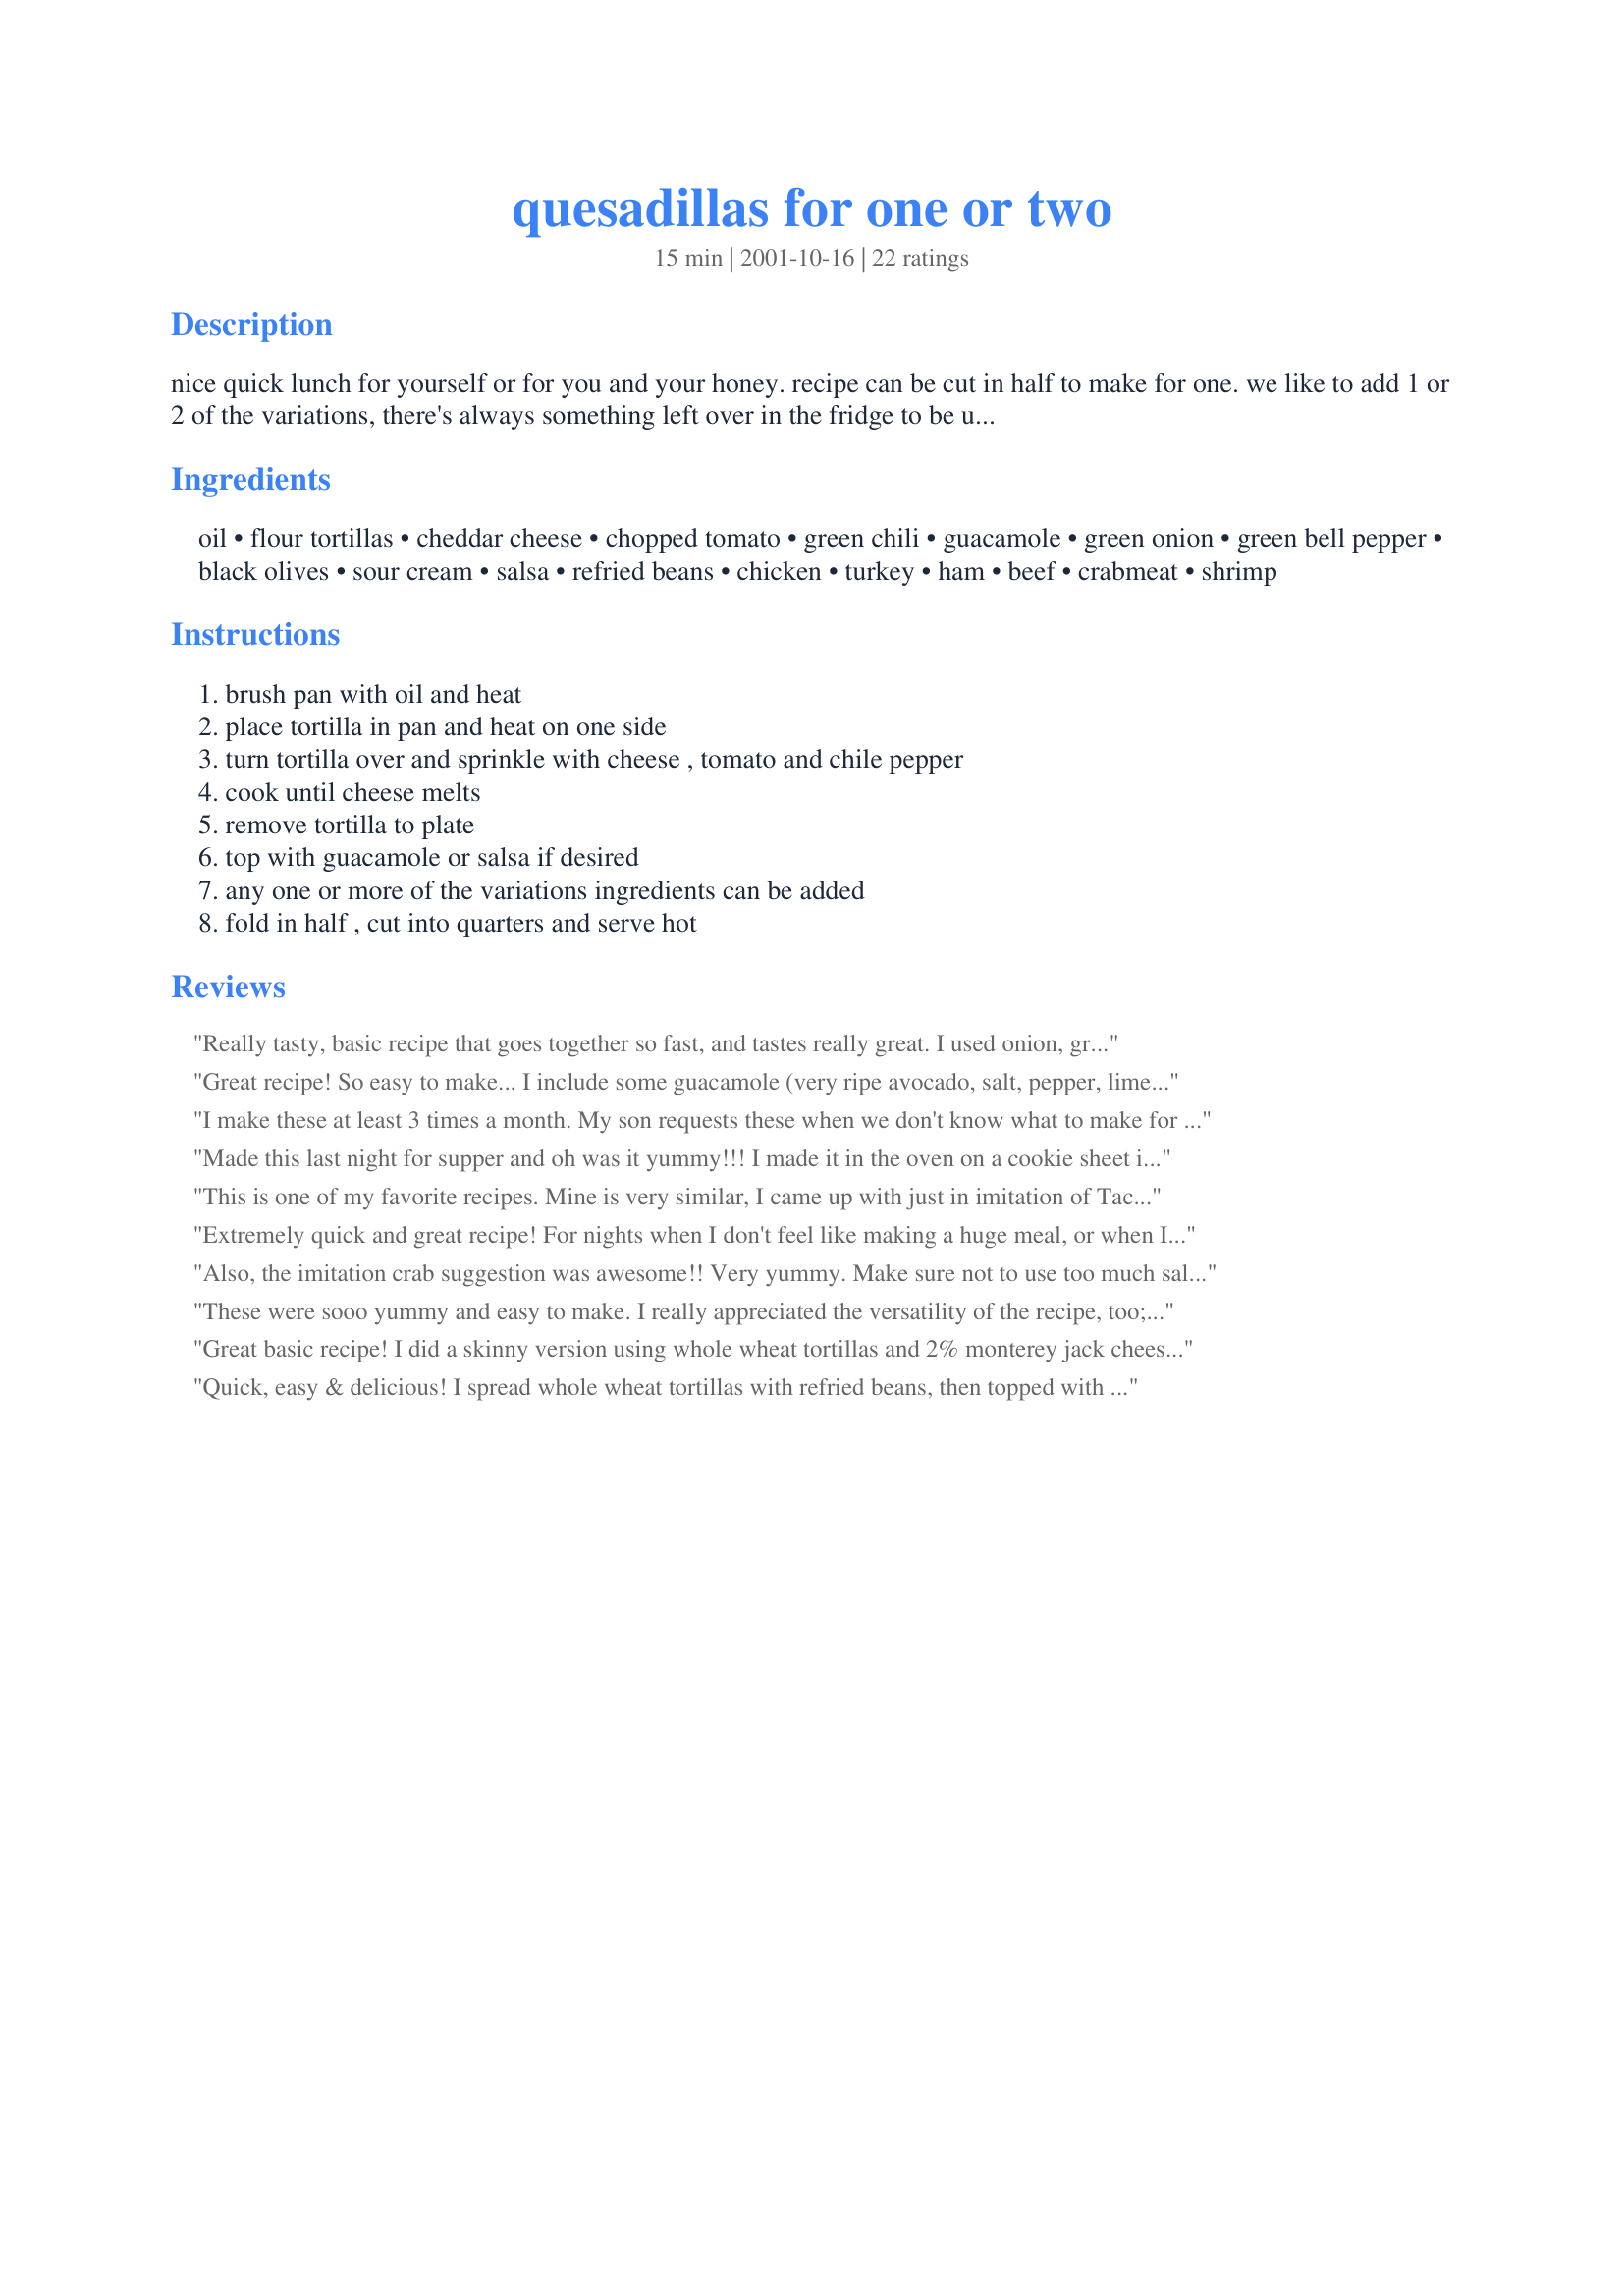
quesadillas for one or two
Preparation time: 15 minutes

nice quick lunch for yourself or for you and your honey. recipe can be cut in half to make for one. we like to add 1 or 2 of the variations, there's always something left over in the fridge to be used up, use your imagination. (the oil can be replaced with veggie cooking spray, it works just as well) our standard is deli chicken slices, a mix of cheddar and parmesan, green pepper sticks, and chopped green onions and fresh cilantro, served with hot salsa. yummy!!!

Ingredients:
oil, flour tortillas, cheddar cheese, chopped tomato, green chili, guacamole, green onion, green bell pepper, black olives, sour cream, salsa, refried beans, chicken, turkey, ham, beef, crabmeat, shrimp

Steps:
brush pan with oil and heat, place tortilla in pan and heat on one side, turn tortilla over and sprinkle with cheese , tomato and chile pepper, cook until cheese melts, remove tortilla to plate, top with guacamole or salsa if desired, any one or more of the variations ingredients can be added, fold in half , cut into quarters and serve hot

Reviews:
Really tasty, basic recipe that goes together so fast, and tastes really great. I used onion, green pepper, cilantro, and shredded chicken. Definatley will be making this one again!
Great recipe! So easy to make... I include some guacamole (very ripe avocado, salt, pepper, lime juice, cilantro, onions, tomatoes), sour cream, cheese, and salsa... so delicious!
I make these at least 3 times a month. My son requests these when we don't know what to make for dinner. The combinations for toppings are endless!
Made this last night for supper and oh was it yummy!!! I made it in the oven on a cookie sheet instead and it turned out great!!
This is one of my favorite recipes. Mine is very similar, I came up with just in imitation of Taco Bell. I buy the frozen pre-cut package of Green & red peppers and onions. This saves a lot of time! We cant eat these without sour cream either!
Extremely quick and great recipe! For nights when I don't feel like making a huge meal, or when I'm short on time this would be a great one to use! I didn't add the chili's, but added chicken and refried beans. My husband, pickiest eater of them all, actually liked them. Thank you for the recipe!
Also, the imitation crab suggestion was awesome!! Very yummy. Make sure not to use too much salsa, though.
These were sooo yummy and easy to make. I really appreciated the versatility of the recipe, too; both vegetarians and meat lovers were easily pleased with basically the same meal. (My daughter loved her quesadillas with the refried beans; my husband raved about his with the added roasted chicken.) Next time, I'll try this with cooking spray and with low-fat cheese and sour cream in an effort to cut the amount of fat down. This recipe is definitely one I'll be making often! Thanks so much, Derf!
Great basic recipe! I did a skinny version using whole wheat tortillas and 2% monterey jack cheese. I was doing a bit of a tex-mex theme, so I threw in some olives, salsa and served it wtih guac and sour cream. Great!
Quick, easy & delicious! I spread whole wheat tortillas with refried beans, then topped with tomatoes, chilies, green onions and a cheddar/monterey jack combo. I served sour cream & home-made salsa on the side. Thanx Dorothy!
I have always loved quesadillas just never made them. These were so easy and so tasty, my husband has never tried them at all, and he really enjoyed them. I used a sharp cheddar cheese, chicken, tomato, green pepper, green chilli, black olives and sour cream. I know it will become a 'regular'!! =)
Awesome recipe - everyone loved the green chillies, and I never would have thought to add them. Great base and variation suggestions! Thanks, I'll def be using again!
This is the first time I made quesadillas. I userd a mexican cheese blend, tomatoes, red bell peppers, onions and a hot green salsa. it was a fast, good and filling lunch for me
I made these for my DH's lunch last week. He "gets tired of sandwiches", so I thought this would be a good alternative for him. I added the optional chicken, sour cream and salsa. Thanks for making lunch packing easier for me!!
this is a keeper. yum!
So yummy, so easy!
yum! only rating necesarry, yum! :))) sharp chedar or cured manchego, I dont know if you can get cured manchego cheese in US(?), guacamole, onions and hot chile salsa is best IMHO
Being a native Texan and Tex-Mexaholic, I'm ashamed to say that it took your recipe to kick my rump out of the "wrap" craze! My husband loves quesadillas and we made them together in cast iron skillet with music in the background. 

So delicious, so much fun, and so many things to add as desired. Thanks for reminding us of a great way to be creative.
This is an all time favorite dineer or munchie. I usually put topping on like shredded mexican cheese and sliced jalapenos and than place another tortilla on top and once "glued" with melting cheese I flip over. I use pizza wheel to cut into triangles and serve with salsa and sour cream. Must try! So many ways to make them.
I've been making quesadillas for years, but it wasn't until this recipe that I even thought to use oil to cook them. It made my normal quesadillas 10 times better. This recipe was fast and easy too
This was too easy, I added some caramelized onion/garlic and black bean paste. I served them as an appetizer -- I was pulling them off the griddle and serving them off hot right off the cook-top island. The guests kept eating them and liked them so much that we had to delay dinner for a couple of hours.
I love quesadilla's and this hit the spot! Made with green onion, green chili's, and a little salsa and they were great! The possibilities are endless!! Thanks Derf for a quick and easy snack or you can even make a meal of these if you choose. :o)
